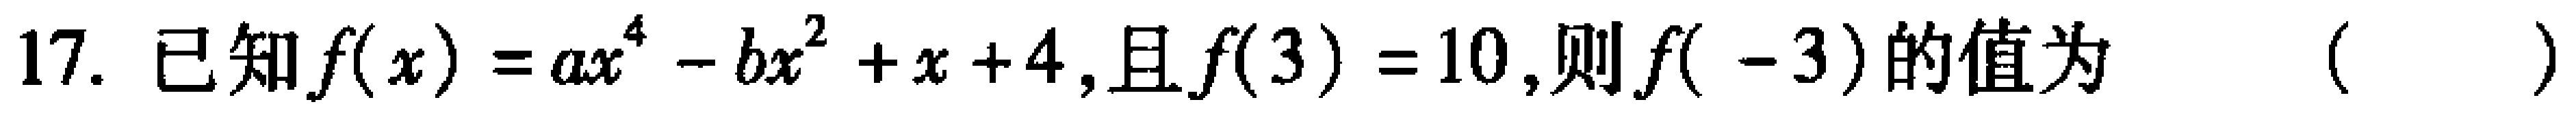
17. 已知$f(x)=ax^{4}-bx^{2}+x + 4$,且$f(3)=10$,则$f(-3)$的值为 （  ）